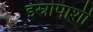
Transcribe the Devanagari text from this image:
इस्रोपाशी